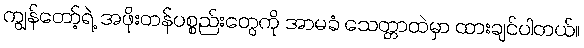
ကျွန်တော့်ရဲ့ အဖိုးတန်ပစ္စည်းတွေကို အာမခံ သေတ္တာထဲမှာ ထားချင်ပါတယ်။